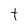
Character: t